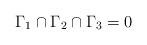
LaTeX: \begin{align*} \Gamma_1 \cap \Gamma_2 \cap \Gamma_3 = 0\end{align*}